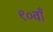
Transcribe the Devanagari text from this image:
९०वाँ